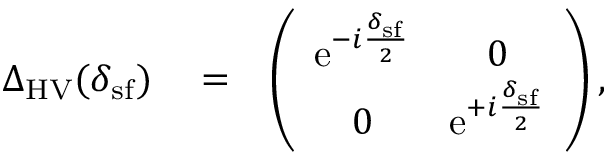
\begin{array} { r l r } { \Delta _ { \mathrm { H V } } ( \delta _ { \mathrm { s f } } ) } & { { } = } & { \left( \begin{array} { c c } { \mathrm { e } ^ { - i \frac { \delta _ { \mathrm { s f } } } { 2 } } } & { 0 } \\ { 0 } & { \mathrm { e } ^ { + i \frac { \delta _ { \mathrm { s f } } } { 2 } } } \end{array} \right) , } \end{array}